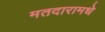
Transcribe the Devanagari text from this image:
मतदारामधे